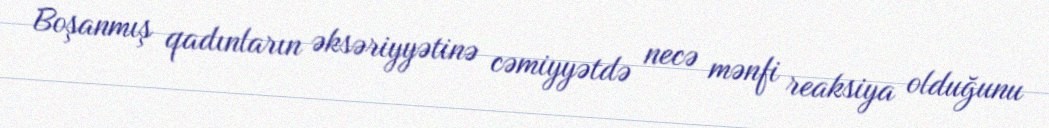
Boşanmış qadınların əksəriyyətinə cəmiyyətdə necə mənfi reaksiya olduğunu